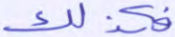
فكذلك